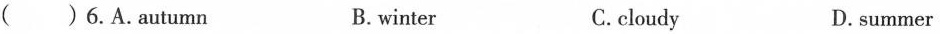
( )6.A.Autumn B. winter C.cloudy D.summer